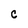
Character: C